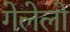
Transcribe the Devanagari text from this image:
गेलेलो